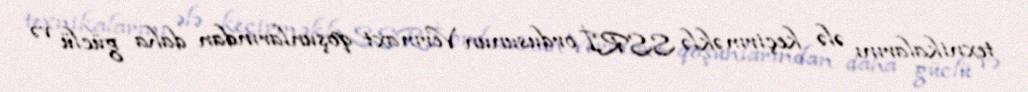
texnikalarını ələ keçirməklə SSRİ ordusunun Vermaxt qoşunlarından daha güclü və